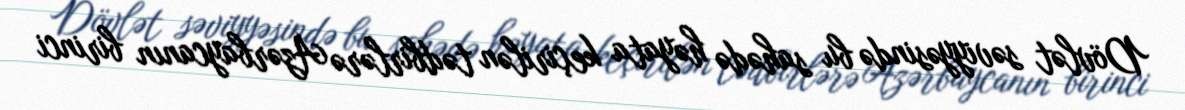
Dövlət səviyyəsində bu sahədə həyata keçirilən tədbirlərə Azərbaycanın birinci